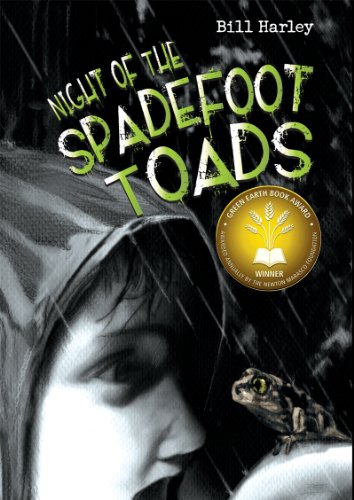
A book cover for Night of the Spadefoot Toads; Bill Harley; Children's Books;